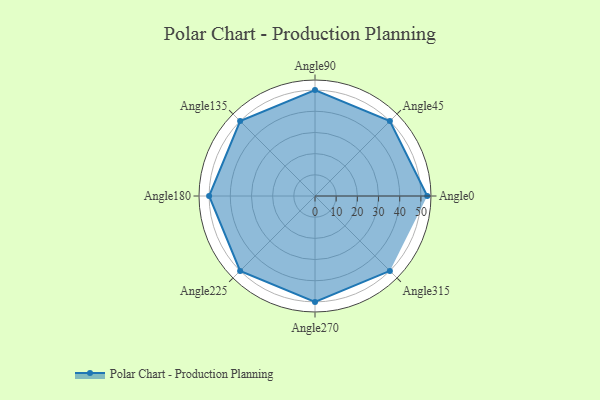
{"axis": {"x": "Angle", "y": "Radius"}, "legend": [""], "data": [{"x": "Angle0", "y": 53.0, "type": ""}, {"x": "Angle45", "y": 50, "type": ""}, {"x": "Angle90", "y": 50, "type": ""}, {"x": "Angle135", "y": 50, "type": ""}, {"x": "Angle180", "y": 50, "type": ""}, {"x": "Angle225", "y": 50, "type": ""}, {"x": "Angle270", "y": 50, "type": ""}, {"x": "Angle315", "y": 50, "type": ""}]}